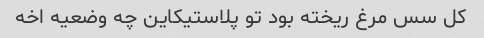
کل سس مرغ ریخته بود تو پلاستیکاین چه وضعیه اخه